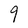
Character: 9